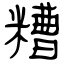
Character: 糟